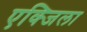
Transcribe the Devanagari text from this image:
एक्जिला